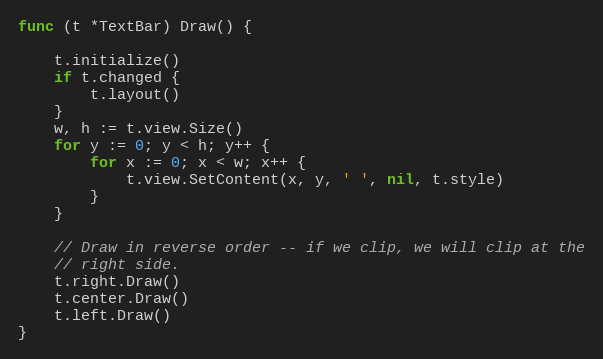
Language: Go
func (t *TextBar) Draw() {

	t.initialize()
	if t.changed {
		t.layout()
	}
	w, h := t.view.Size()
	for y := 0; y < h; y++ {
		for x := 0; x < w; x++ {
			t.view.SetContent(x, y, ' ', nil, t.style)
		}
	}

	// Draw in reverse order -- if we clip, we will clip at the
	// right side.
	t.right.Draw()
	t.center.Draw()
	t.left.Draw()
}